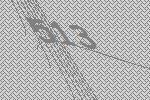
513